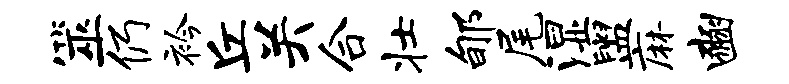
筮仍衿丘关合壮郇尾湿盥麻豳